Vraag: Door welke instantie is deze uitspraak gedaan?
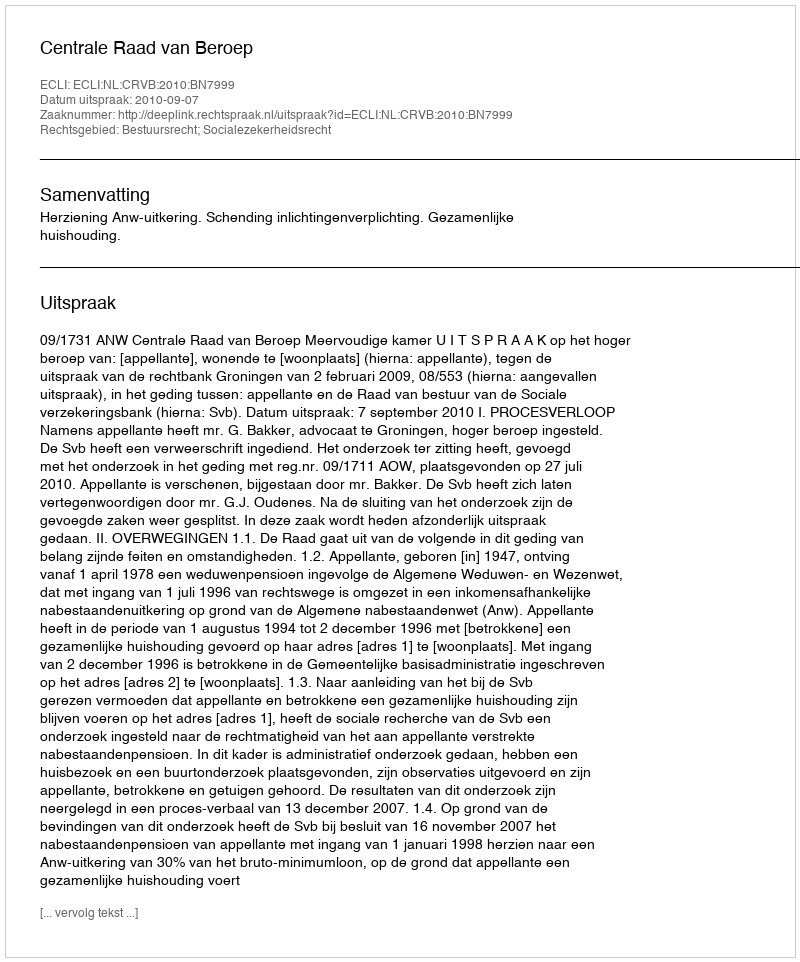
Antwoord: Centrale Raad van Beroep